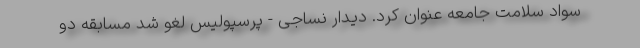
سواد سلامت جامعه عنوان کرد. دیدار نساجی - پرسپولیس لغو شد مسابقه دو